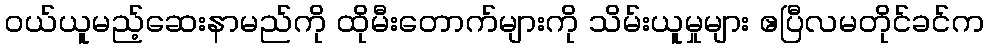
ဝယ်ယူမည့်ဆေးနာမည်ကို ထိုမီးတောက်များကို သိမ်းယူမှုများ ဧပြီလမတိုင်ခင်က